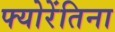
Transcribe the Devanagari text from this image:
फ्योरेंतिना